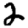
Digit: 2